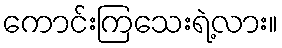
ကောင်းကြသေးရဲ့လား။